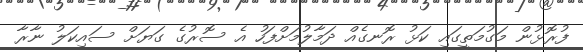
ފުރޮޅުން މަގުމަތީގައި ކަޅު ރޮނގެއް ދަމާލުމަށްފަހު އެ ސޮރުގެ ގަޔަށް ސައިކަލު ނާރާ